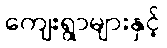
ကျေးရွာများနှင့်